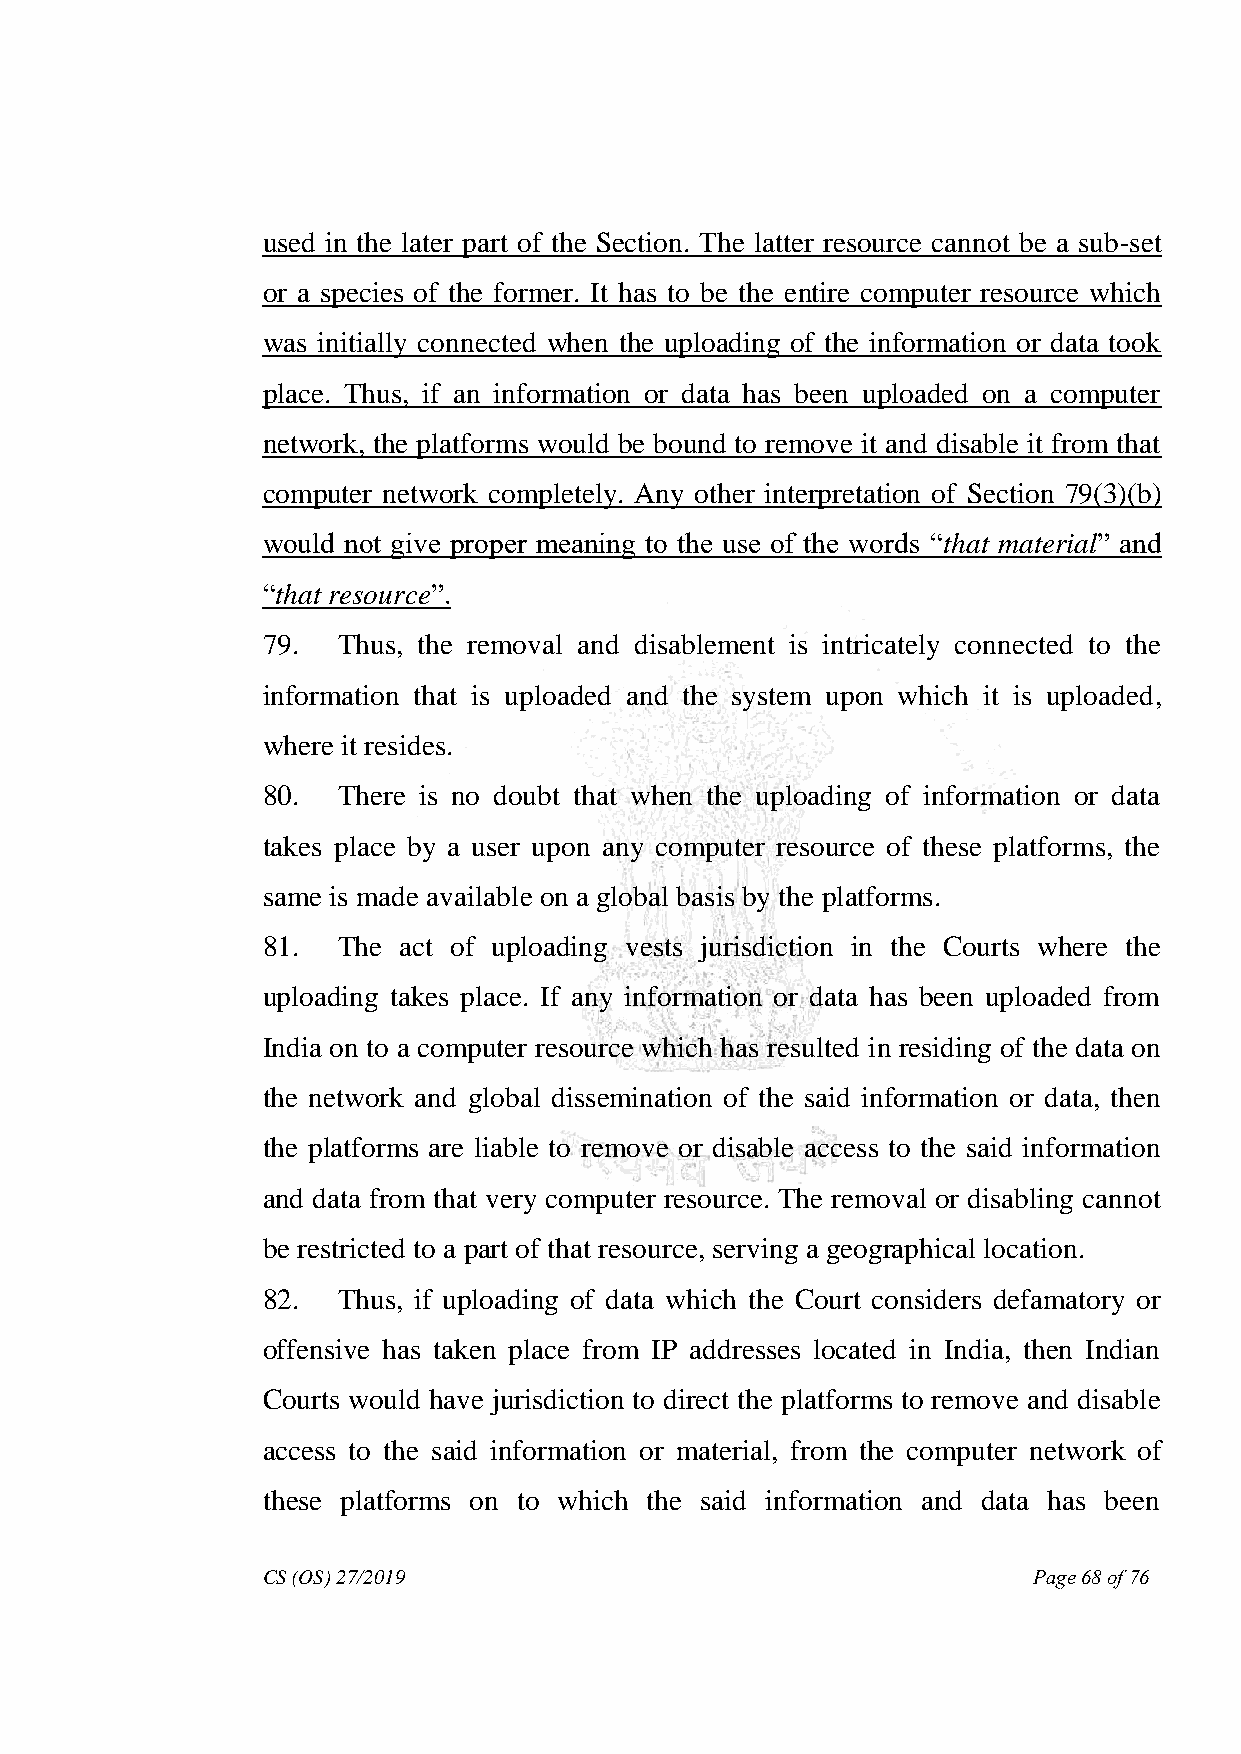
used in the later part of the Section. The latter resource cannot be a sub-set
 or a species of the former. It has to be the entire computer resource which
 was initially connected when the uploading of the information or data took
 place. Thus, if an information or data has been uploaded on a computer
 network, the platforms would be bound to remove it and disable it from that
 computer network completely. Any other interpretation of Section 79(3)(b)
 would not give proper meaning to the use of the words “that material” and
 “that resource”.
 79.  Thus, the removal and disablement is intricately connected to the
 information that is uploaded and the system upon which it is uploaded,
 where it resides.
 80.  There is no doubt that when the uploading of information or data
 takes place by a user upon any computer resource of these platforms, the
 same is made available on a global basis by the platforms.
 81.  The act of uploading vests jurisdiction in the Courts where the
 uploading takes place. If any information or data has been uploaded from
 India on to a computer resource which has resulted in residing of the data on
 the network and global dissemination of the said information or data, then
 the platforms are liable to remove or disable access to the said information
 and data from that very computer resource. The removal or disabling cannot
 be restricted to a part of that resource, serving a geographical location.
 82.  Thus, if uploading of data which the Court considers defamatory or
 offensive has taken place from IP addresses located in India, then Indian
 Courts would have jurisdiction to direct the platforms to remove and disable
 access to the said information or material, from the computer network of
 these platforms on to which the said information and data has been
 CS (OS) 27/2019                                    Page 68 of 76